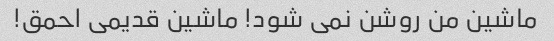
ماشین من روشن نمی شود! ماشین قدیمی احمق!